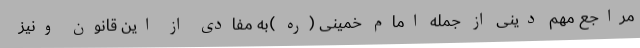
مراجع مهم دینی از جمله امام خمینی (ره )به مفادی از این قانون ونیز